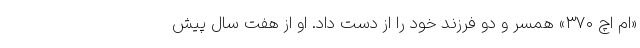
«ام اچ ۳۷۰» همسر و دو فرزند خود را از دست داد. او از هفت سال پیش